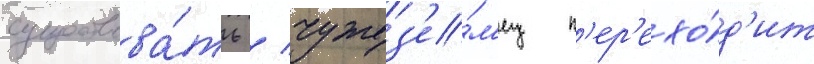
существова́ть / чужез'е́м'ец п'ер'ехо́д'ит